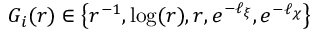
\begin{array} { r } { G _ { i } ( r ) \in \left\{ r ^ { - 1 } , \log ( r ) , r , e ^ { - \ell _ { \xi } } , e ^ { - \ell _ { \chi } } \right\} } \end{array}